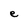
Character: e